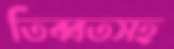
তিব্বতসহ